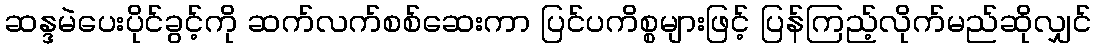
ဆန္ဒမဲပေးပိုင်ခွင့်ကို ဆက်လက်စစ်ဆေးကာ ပြင်ပကိစ္စများဖြင့် ပြန်ကြည့်လိုက်မည်ဆိုလျှင်